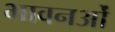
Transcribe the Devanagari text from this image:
भावनओं